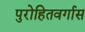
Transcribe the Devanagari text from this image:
पुरोहितवर्गास